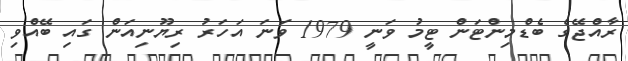
ރާއްޖޭގެ ބެޑްމިންޓަން ޓީމު ވަނީ 1979 ވަނަ އަހަރު ރިޔޫނިއަން ގައި ބޭއްވި